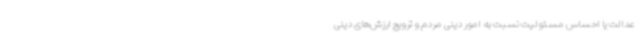
عدالت یا احساس مسئولیت نسبت به امور دینی مردم و ترویج ارزش‌های دینی